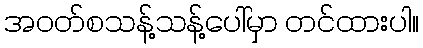
အဝတ်စသန့်သန့်ပေါ်မှာ တင်ထားပါ။